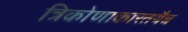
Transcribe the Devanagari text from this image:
त्रिकोणाकारतयैब